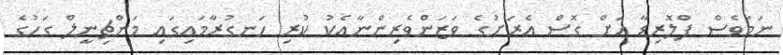
ނަމަވެސް ފްލޮރިޑާ އަށް ގޮސް އެރަށުގެ ވަޒަންވެރިންނާއެކު ކުރި ހަނގުރާމައިގައި މަންޗިނީލް ގަހުގެ